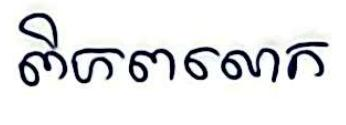
ពិភពលោក